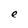
Character: e